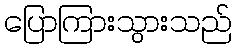
ပြောကြားသွားသည်